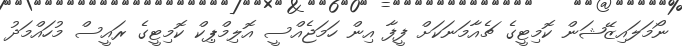
ނޯމަލައިޒޭޝަން ކޮމިޓީގެ ޗެއާމަނަކަށް ފީފާ އިން ހަމަޖެއްސީ އޮލިމްޕިކް ކޮމިޓީގެ ރައީސް މުހައްމަދު